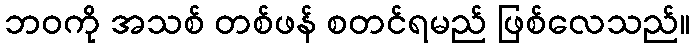
ဘဝကို အသစ် တစ်ဖန် စတင်ရမည် ဖြစ်လေသည်။